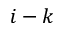
i - k